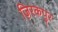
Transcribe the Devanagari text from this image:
ज़िरकपुर